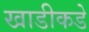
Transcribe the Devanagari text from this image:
खाडीकडे